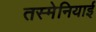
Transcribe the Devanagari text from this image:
तस्मेनियाई